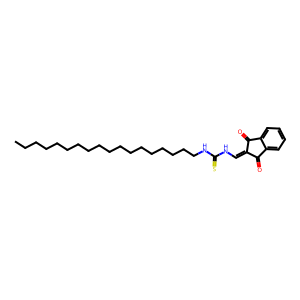
SMILES: CCCCCCCCCCCCCCCCCCNC(=S)NC=C1C(=O)c2ccccc2C1=O
Inhibits HIV replication: No